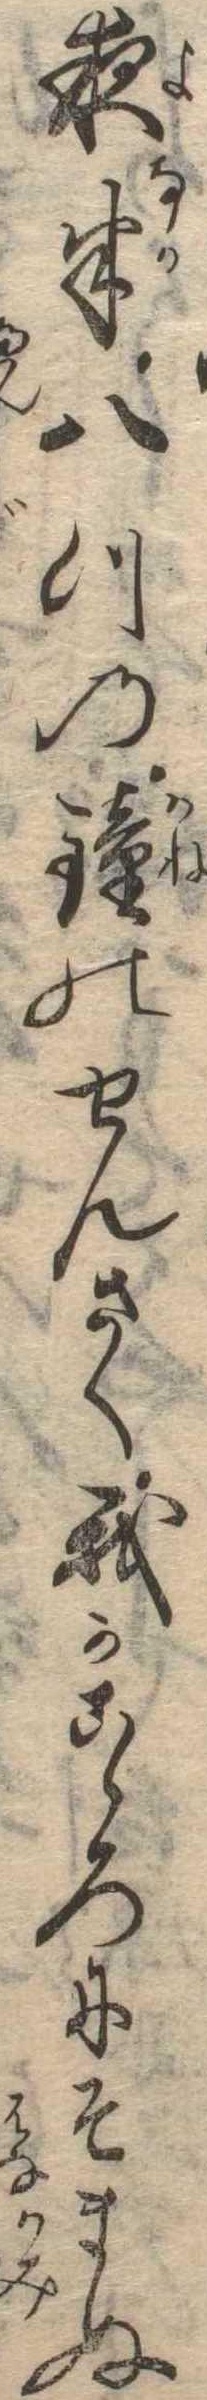
夜半八つの鐘のせんさく我かこゝろにそまぬ